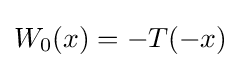
W_{0}(x)=-T(-x)